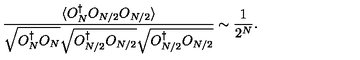
{ \frac { \langle O _ { N } ^ { \dagger } O _ { N / 2 } O _ { N / 2 } \rangle } { \sqrt { O _ { N } ^ { \dagger } O _ { N } } \sqrt { O _ { N / 2 } ^ { \dagger } O _ { N / 2 } } \sqrt { O _ { N / 2 } ^ { \dagger } O _ { N / 2 } } } } \sim { \frac { 1 } { 2 ^ { N } } } .